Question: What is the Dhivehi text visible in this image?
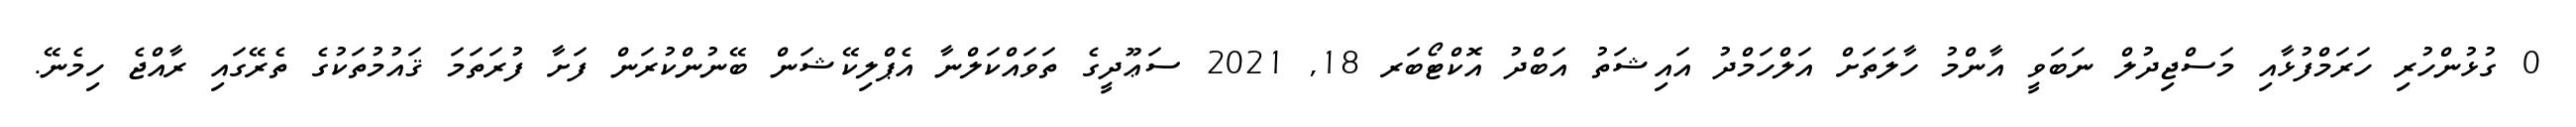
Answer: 0 ގުޅުންހުރި ހަރަމްފުޅާއި މަސްޖިދުލް ނަބަވީ އާންމު ހާލަތަށް އަލްހަމްދު އައިޝަތު އަބްދު އޮކްޓޯބަރ 18, 2021 ސަޢޫދީގެ ތަވައްކަލްނާ އެޕްލިކޭޝަން ބޭނުންކުރަން ފަށާ ފުރަތަމަ ޤައުމުތަކުގެ ތެރޭގައި ރާއްޖެ ހިމެނޭ.